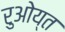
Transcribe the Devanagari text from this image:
रुओय्त